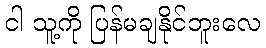
ငါ သူ့ကို ပြန်မချနိုင်ဘူးလေ